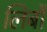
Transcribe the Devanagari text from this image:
लिबौ